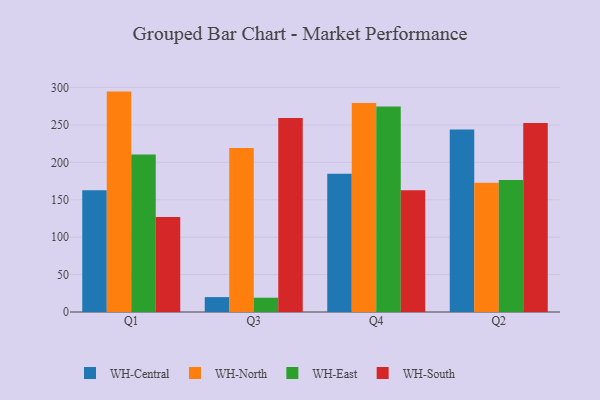
{"axis": {"x": "Quarter", "y": "Latency (ms)"}, "legend": ["WH-Central", "WH-East", "WH-North", "WH-South"], "data": [{"x": "Q1", "y": 162.9, "type": "WH-Central"}, {"x": "Q1", "y": 294.6, "type": "WH-North"}, {"x": "Q1", "y": 210.4, "type": "WH-East"}, {"x": "Q1", "y": 126.9, "type": "WH-South"}, {"x": "Q3", "y": 19.9, "type": "WH-Central"}, {"x": "Q3", "y": 219.1, "type": "WH-North"}, {"x": "Q3", "y": 19.1, "type": "WH-East"}, {"x": "Q3", "y": 259.3, "type": "WH-South"}, {"x": "Q4", "y": 184.8, "type": "WH-Central"}, {"x": "Q4", "y": 279.3, "type": "WH-North"}, {"x": "Q4", "y": 274.7, "type": "WH-East"}, {"x": "Q4", "y": 162.9, "type": "WH-South"}, {"x": "Q2", "y": 244.0, "type": "WH-Central"}, {"x": "Q2", "y": 172.7, "type": "WH-North"}, {"x": "Q2", "y": 176.4, "type": "WH-East"}, {"x": "Q2", "y": 252.6, "type": "WH-South"}]}